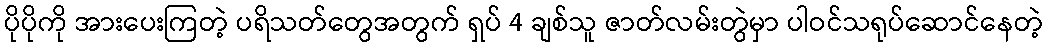
ပိုပိုကို အားပေးကြတဲ့ ပရိသတ်တွေအတွက် ရှပ် 4 ချစ်သူ ဇာတ်လမ်းတွဲမှာ ပါဝင်သရုပ်ဆောင်နေတဲ့